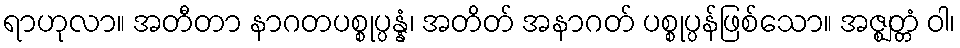
ရာဟုလာ။ အတီတာ နာဂတပစ္စုပ္ပန္နံ၊ အတိတ် အနာဂတ် ပစ္စုပ္ပန်ဖြစ်သော။ အဇ္ဈတ္တံ ဝါ၊